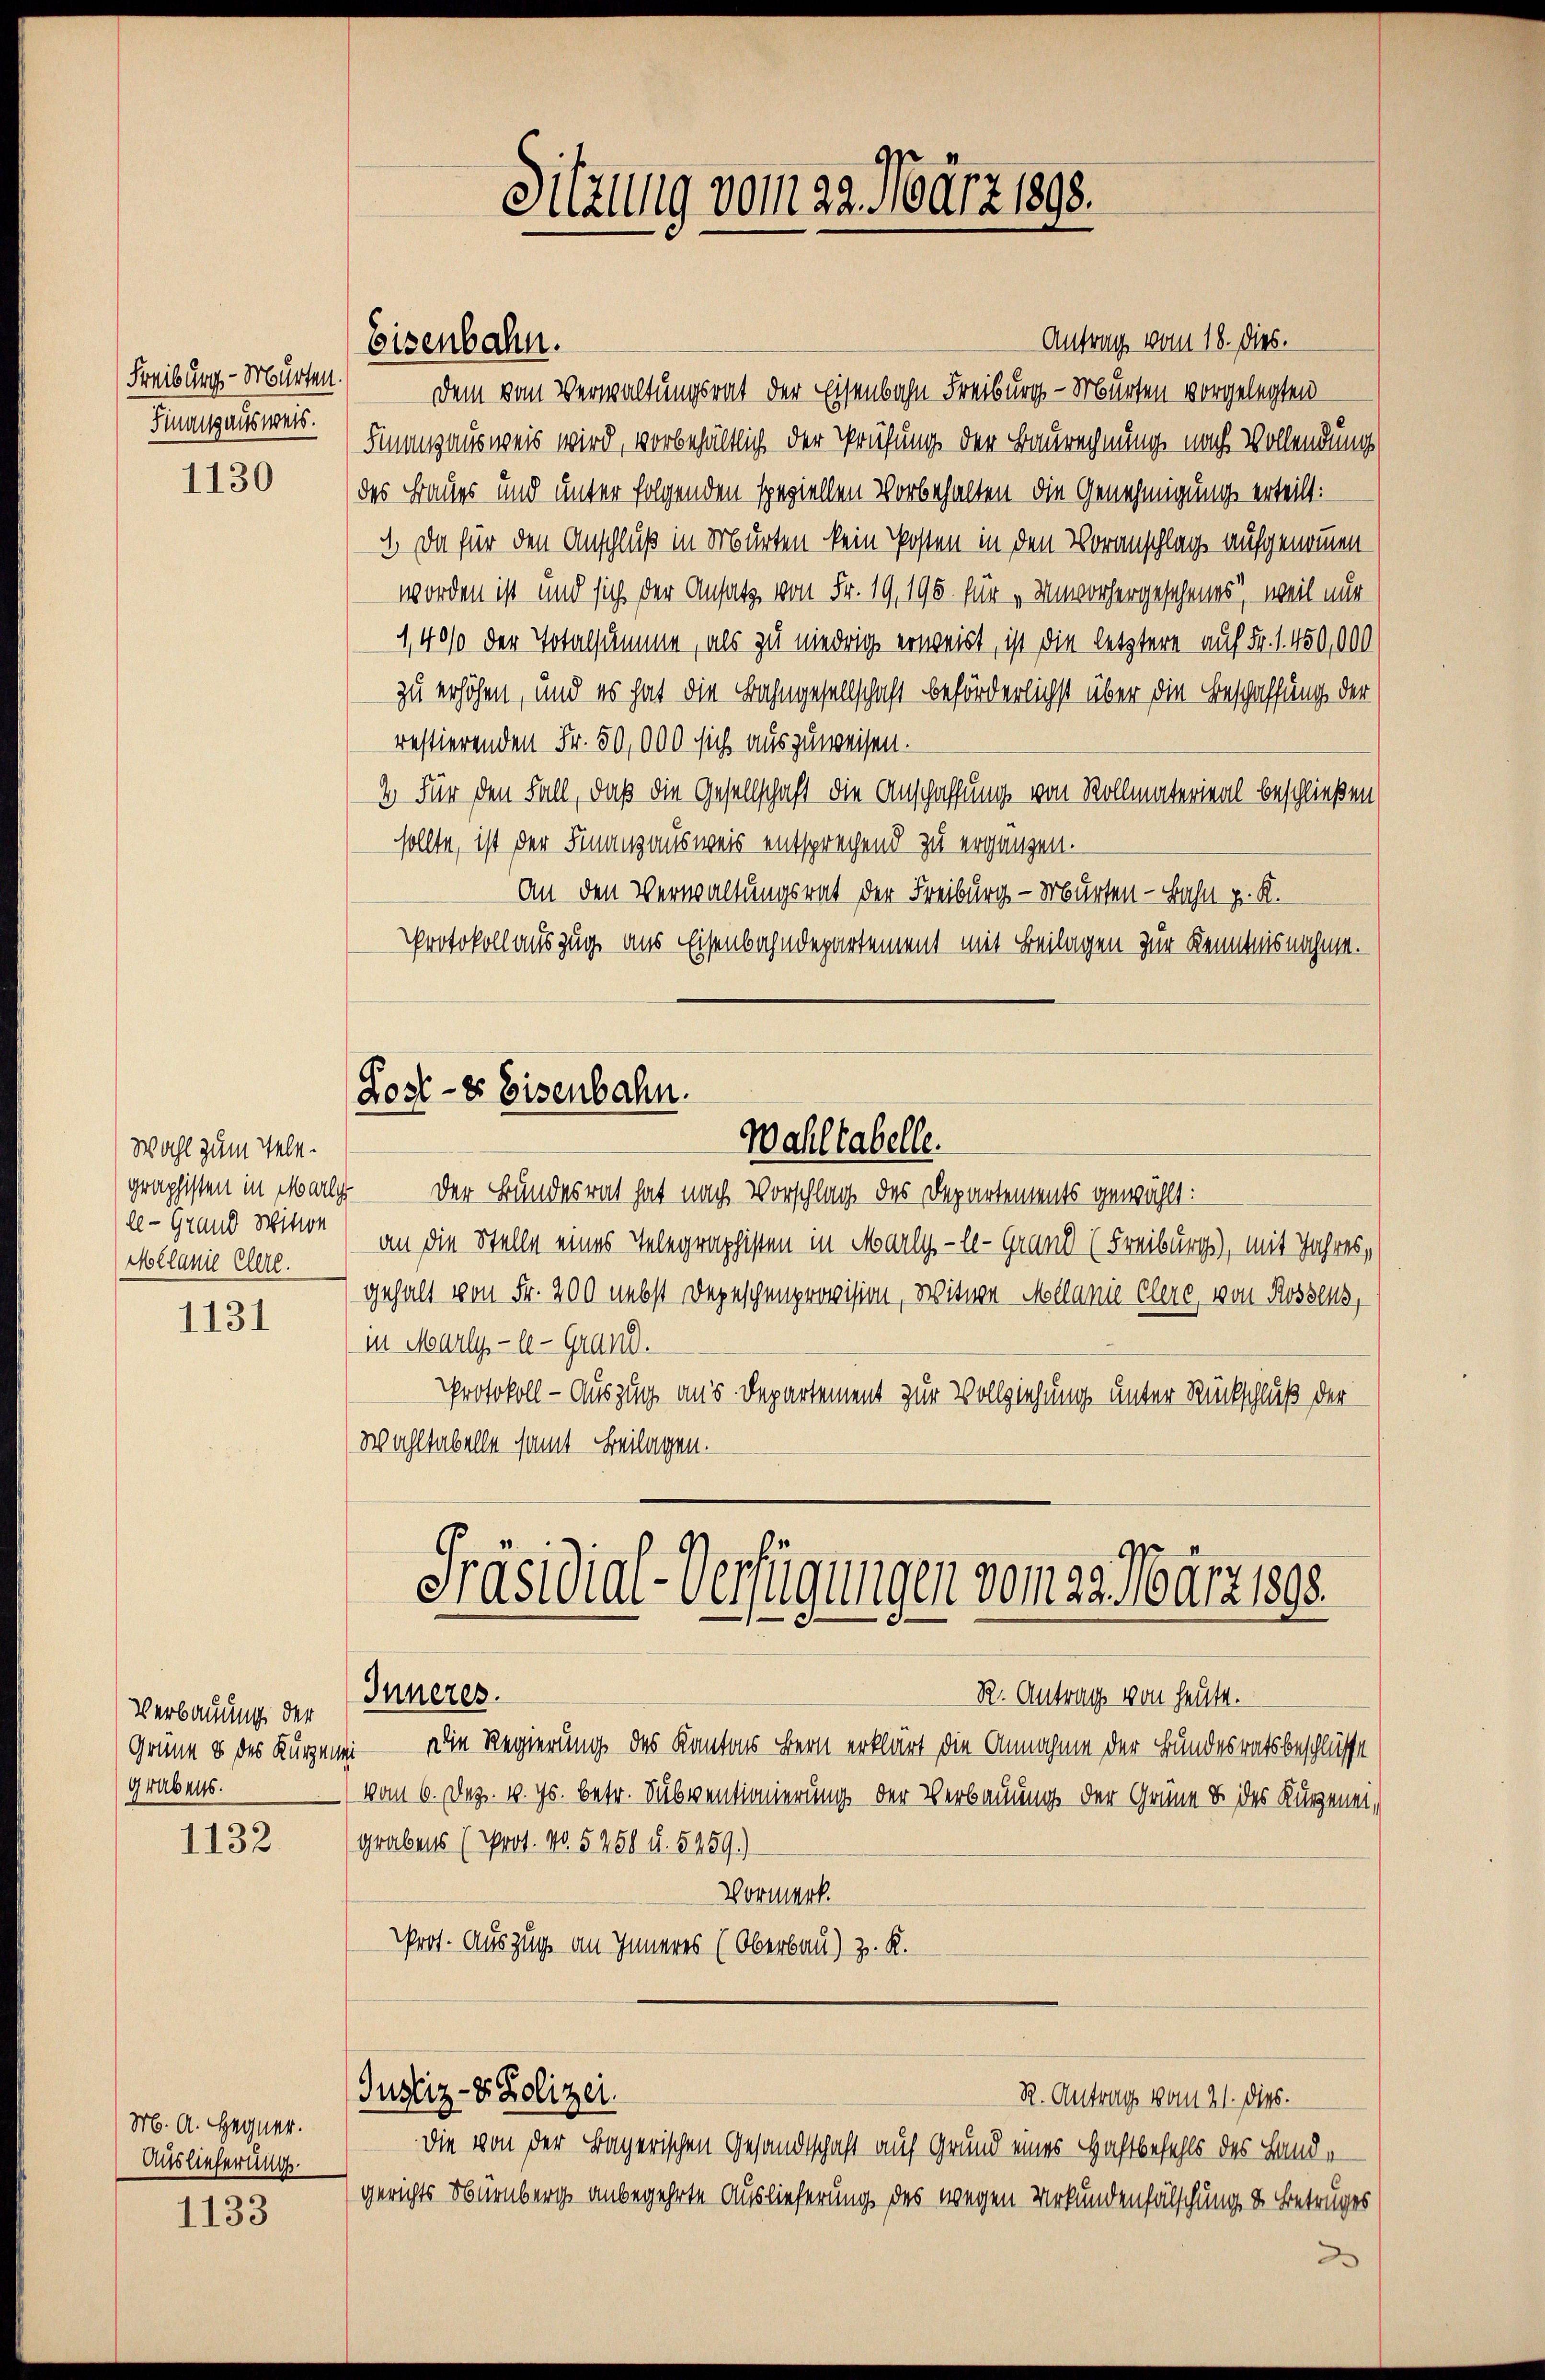
Freiburg - Murten.
Sinaissausweis.

1130

Wahl zum Telele - Grand Wittwe
Melanie Elere.

1131

Verbauung der
Grabens.

1132

M. A. Hegner.
Auslieferung.

1133

Antrag vom 18. dies.
Dem vom Verwaltungsrat der Eisenbahn Freiburg - Murten vorgelegten
Finanzausweis wird, vorbehältlich der Prüfung der Baurechnung nach Vollendung
des Baues und unter folgenden speziellen Vorbehalten die Genehmigung erteilt:
1. Da für den Anschluß in Murten kein Posten in den Voranschlag aufgenommen
worden ist und sich der Ansatz von Fr. 19, 195 für „Unvorhergesehenes, weil nur
1,400 der Totalsumme, als zu niedrig erweist, ist die letztere auf Fr. 1. 450,000
zu erhöhen, und es hat die Bahngesellschaft beförderlichst über die Beschaffung der
restierenden Fr. 50,000 sich auszuweisen.
2 Für den Fall, daß die Gesellschaft die Anschaffung von Rollmaterial beschließen
sollte, ist der Finanzausweis entsprechend zu ergänzen.
An den Verwaltungsrat der Freiburg - Murten - Bahn pr. K.
Protokoll auszug aus Eisenbahndepartement mit Beilagen zur Kenntnisnahme.
Lost - es Eisenbahn.

Eisenbahn.

Wahlkabelle.

graphisten in Malg der Bundesrat hat nach Vorschlag des Departements gewählt:
an die Stelle eines Telegraphisten in Marly-le-Grand (Freiburgs, mit Jahres,
gehalt von Fr. 200 nebst Depeschenprovision, Witwe Mellanie Clere, von Rossens,
in Marly-le-Grand.
Protokoll - Auszug aus Departement zur Vollziehung unter Rückschluß der
Wohltabelle samt Beilagen.

Präsidial-Verfügungen vom 23. März 1898.
Inneres.
R. Antrag von heute.

Justiz- & Polizei.

Sitzung vom 22. März 1898.

Grüne o des Kurzwei Die Regierung des Kantons Bern erklärt die Annahme der Bundesratsbeschlüsse
(vom 6. Dez. 18. Js. betr. Subventionierung der Verbauung der Grüne & des Kurzeneigrabens (Prot. No. 5258 u. 5259.)
Vormerk.
rot. Auszug an Inneres (Oberbau) z. R.

R. Antrag vom 21. dies.
die von der Bayerischen Gesandtschaft auf Grund eines Haftbefehls des Land-
gerichts Nürnberg anbegehrte Auslieferung des wegen Urkundenfälschung & Betruges
2